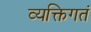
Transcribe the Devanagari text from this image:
व्यक्तिगतं